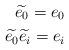
LaTeX: \begin{align*}\widetilde{e_0}= e_0 \\\widetilde{e_0}\widetilde{e_i}= e_i\end{align*}